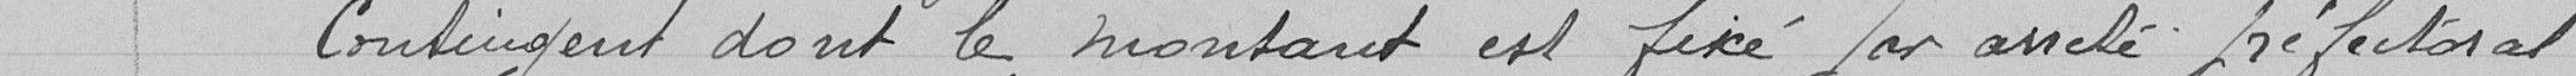
Contingent dont le montant est fixé par arrêté préfectoral